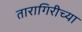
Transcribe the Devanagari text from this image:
तारागिरीच्या